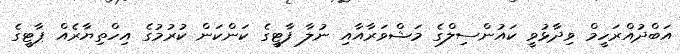
އަބްދުއްރަހީމް ވިދާޅުވީ ކައުންސިލްގެ މަޝްވަރާއާއި ނުލާ ފާޓީގެ ކަންކަން ކުރުމުގެ އިހްތިޔާރެއް ޕާޓީގެ